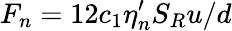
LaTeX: F_{n}=12c_{1}\eta_{n}^{\prime}S_{R}u/d